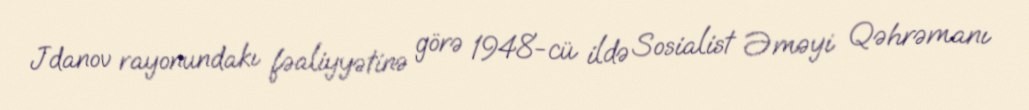
Jdanov rayonundakı fəaliyyətinə görə 1948-cü ildə Sosialist Əməyi Qəhrəmanı